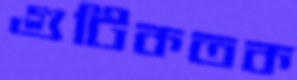
গুটিকতক